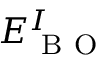
E _ { \mathrm { ~ B ~ O ~ } } ^ { I }